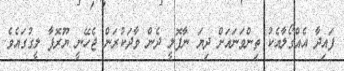
ފައިދާ އެއްގޯލާއެކު ތިންވަނައަށް ދިޔަ ނާޕޮލީ ދެން ވާދަކުރަން ޖެހޭނީ ޔޫރޮޕާ ލީގުގައެވެ.